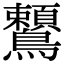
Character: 𪈈